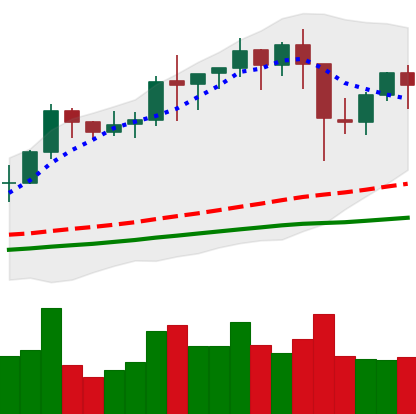
Ticker: BNB-USD
Chart end date: 2021-01-15
Forward return: 4.125%
Label: up_3_5